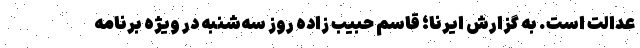
عدالت است. به گزارش ایرنا؛ قاسم حبیب زاده روز سه‌شنبه در ویژه برنامه